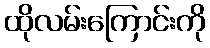
ထိုလမ်းကြောင်းကို